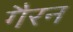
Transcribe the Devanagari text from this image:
गैरन